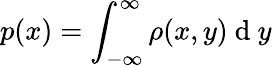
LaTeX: p(x)=\int_{-\infty}^{\infty}\rho(x,y)\mathrm{~d~}y